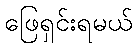
ဖြေရှင်းရမယ်